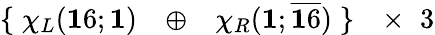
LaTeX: \begin{array}{lcccr}{{\{ \; \chi_{L}({\mathbf 16};{\mathbf 1})}}&{{\oplus}}&{{\chi_{R}({\mathbf 1};\overline{{{{\mathbf 16}}}})\; \} }}&{{\times\; \; 3}}\end{array}